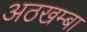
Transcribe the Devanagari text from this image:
अठखम्बा